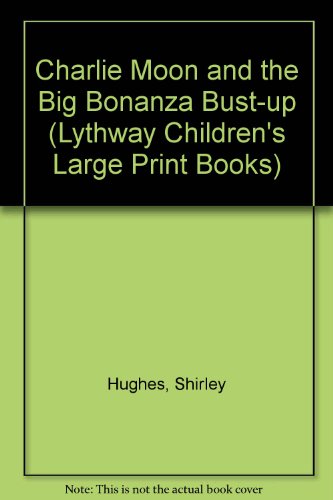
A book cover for Charlie Moon and the Big Bonanza Bust-Up (Lythway Large Print Children's Series); Shirley Hughes; Teen & Young Adult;